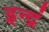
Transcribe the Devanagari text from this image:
इन्द्रं